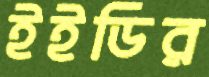
ইইডির